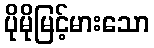
ပိုမိုမြင့်မားသော